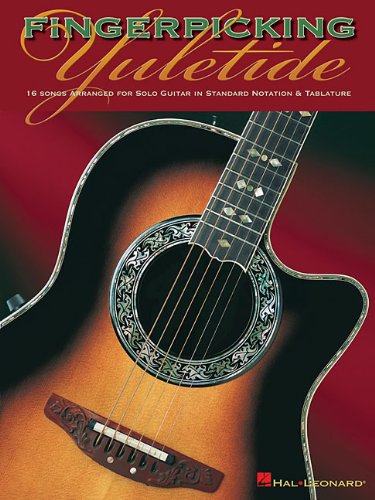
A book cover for Fingerpicking Yuletide: 16 Songs Arranged for Solo Guitar in Standard Notation & Tab; Christian Books & Bibles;